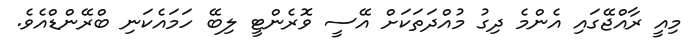
މިއީ ރާއްޖޭގައި އެންމެ ދިގު މުއްދަތަކަށް އޭސީ ވޮރެންޓީ ލިބޭ ހަމައެކަނި ބްރޭންޑްއެވެ.